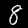
Digit: 8